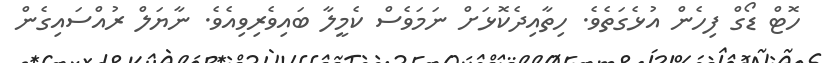
ހޮޓް ޑޯގް ފިހެން އުޅެގަތެވެ. ހިތާއިދެކޮޅަށް ނަމަވެސް ކެމީލާ ބައިވެރިވިއެވެ. ނާޔަލް ރުއްސައިގެން